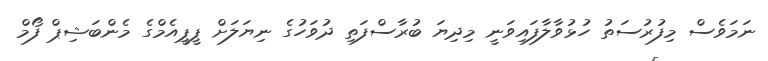
ނަމަވެސް މިފުރުސަތު ހުޅުވާލާފައިވަނީ މިދިޔަ ބުރާސްފަތި ދުވަހުގެ ނިޔަލަށް ޕީޕީއެމްގެ މެންބަޝިޕް ފޯމް